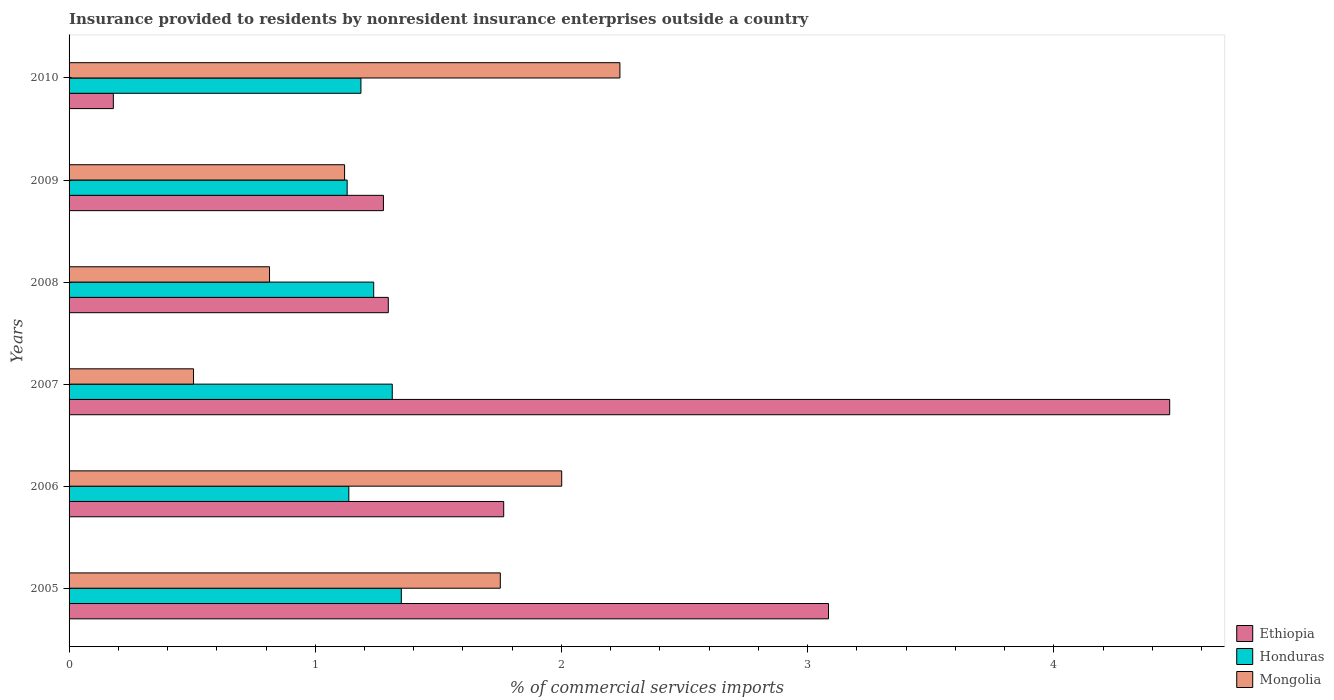
| Years | Ethiopia | Honduras | Mongolia |
 | --- | --- | --- | --- |
 | 2005 | 3.08 | 1.35 | 1.75 |
 | 2006 | 1.77 | 1.14 | 2 |
 | 2007 | 4.47 | 1.31 | 0.506 |
 | 2008 | 1.3 | 1.24 | 0.814 |
 | 2009 | 1.28 | 1.13 | 1.12 |
 | 2010 | 0.18 | 1.19 | 2.24 |